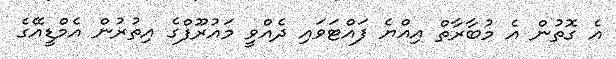
އެ ގޮތުން އެ މުބާރާތް އިއްޔެ ފައްޓަވައި ދެއްވީ މައުރޫފްގެ އިތުރުން އެމްޑީއޭގެ